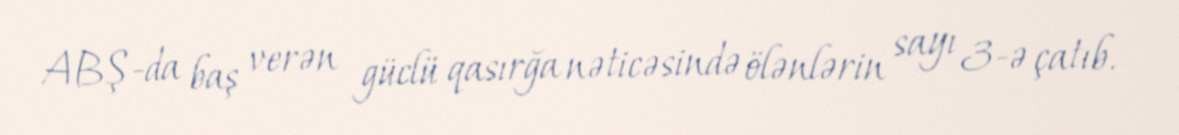
ABŞ-da baş verən güclü qasırğa nəticəsində ölənlərin sayı 3-ə çatıb.